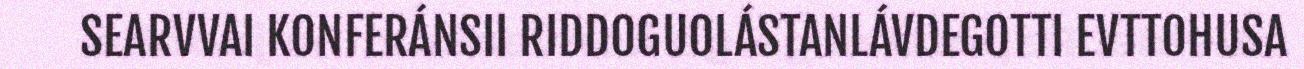
SEARVVAI KONFERÁNSII RIDDOGUOLÁSTANLÁVDEGOTTI EVTTOHUSA